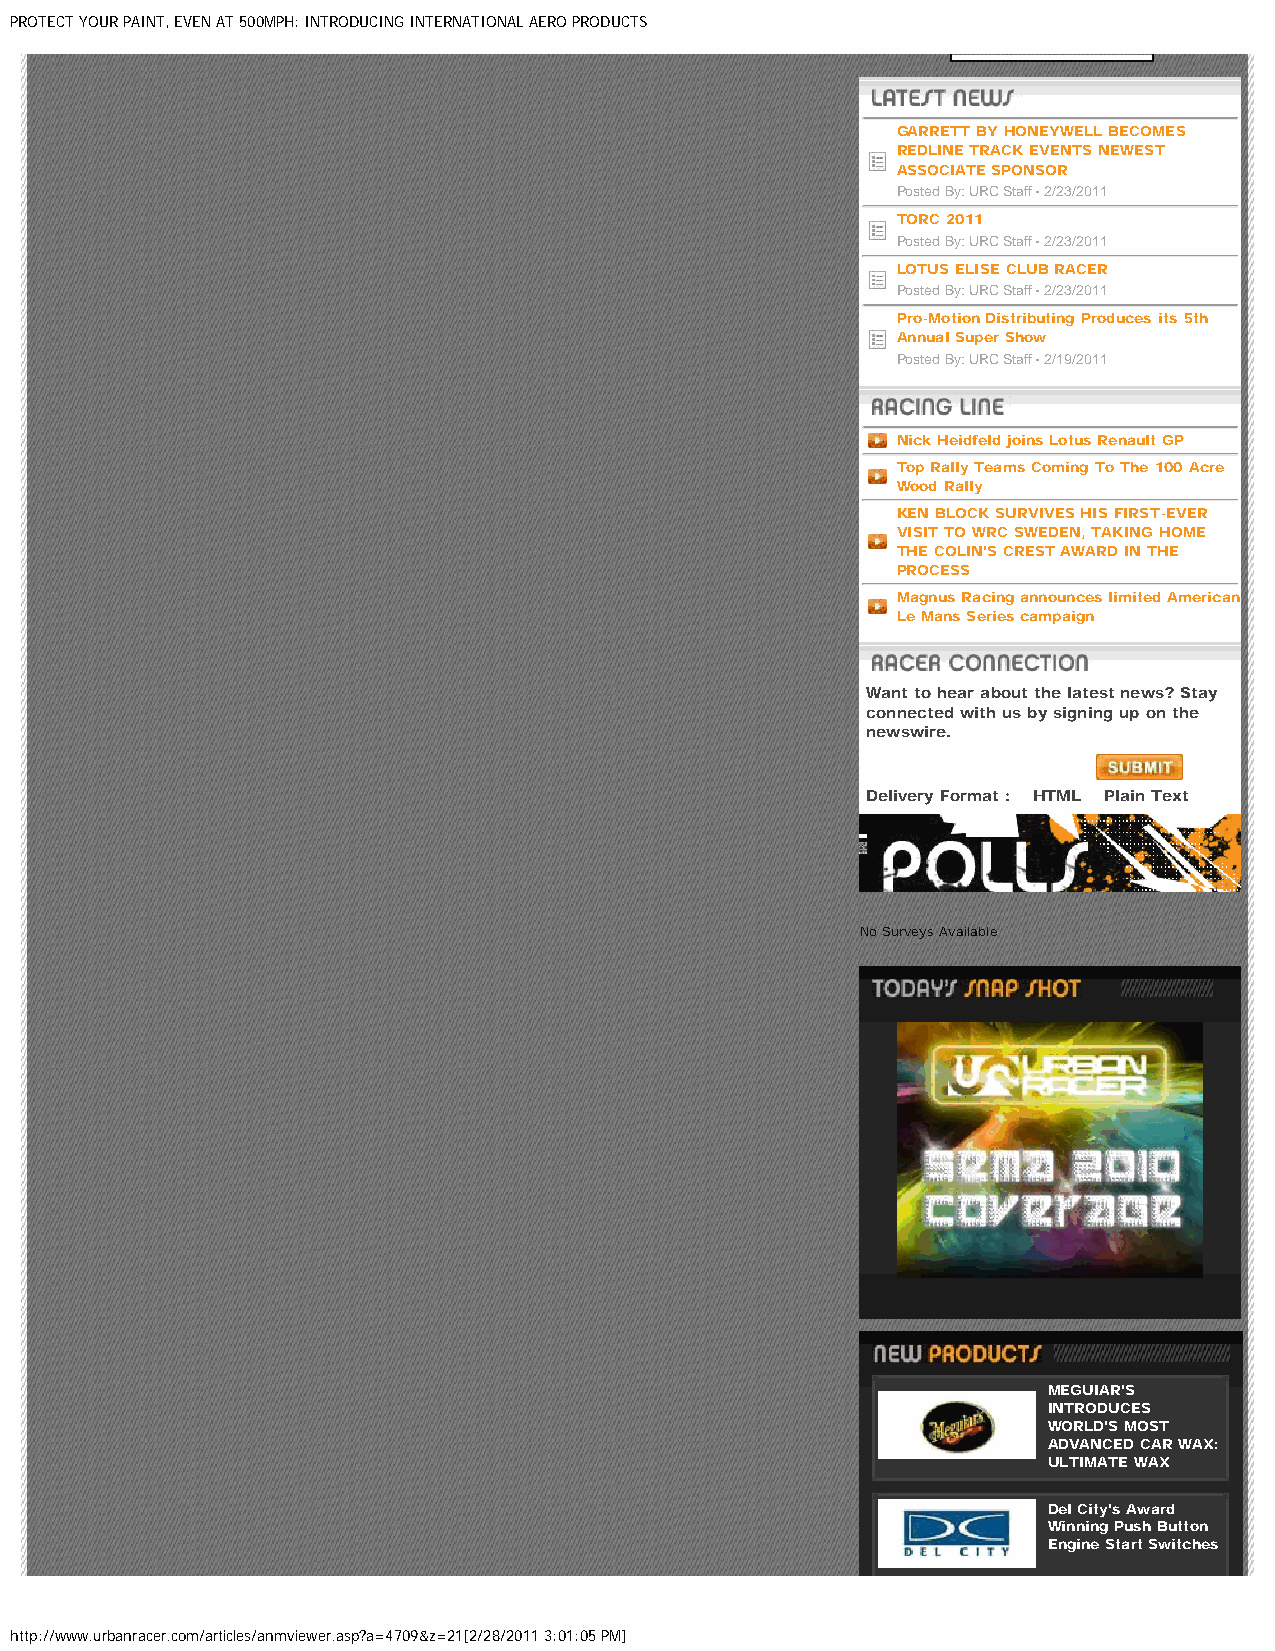
PROTECT YOUR PAINT, EVEN AT 500MPH: INTRODUCING INTERNATIONAL AERO PRODUCTS
 GARRETT BY HONEYWELL BECOMES
 REDLINE TRACK EVENTS NEWEST
 ASSOCIATE SPONSOR
 Posted By: URC Staff - 2/23/2011
 TORC 2011
 Posted By: URC Staff - 2/23/2011
 LOTUS ELISE CLUB RACER
 Posted By: URC Staff - 2/23/2011
 Pro-Motion Distributing Produces its 5th
 Annual Super Show
 Posted By: URC Staff - 2/19/2011
 Nick Heidfeld joins Lotus Renault GP
 Top Rally Teams Coming To The 100 Acre
 Wood Rally
 KEN BLOCK SURVIVES HIS FIRST-EVER
 VISIT TO WRC SWEDEN, TAKING HOME
 THE COLIN'S CREST AWARD IN THE
 PROCESS
 Magnus Racing announces limited American
 Le Mans Series campaign
 Want to hear about the latest news? Stay
 connected with us by signing up on the
 newswire.
 Delivery Format : HTML Plain Text
 No Surveys Available
 MEGUIAR'S
 INTRODUCES
 WORLD'S MOST
 ADVANCED CAR WAX:
 ULTIMATE WAX
 Del City's Award
 Winning Push Button
 Engine Start Switches
 http://www.urbanracer.com/articles/anmviewer.asp?a=4709&z=21[2/28/2011 3:01:05 PM]